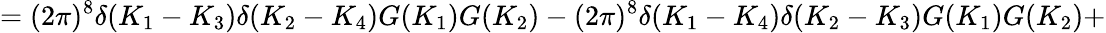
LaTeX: =(2\pi)^{8}\delta(K_{1}-K_{3})\delta(K_{2}-K_{4})G(K_{1})G(K_{2})-(2\pi)^{8}\delta(K_{1}-K_{4})\delta(K_{2}-K_{3})G(K_{1})G(K_{2})+